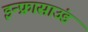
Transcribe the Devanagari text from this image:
इन्फ्रासाउंड